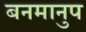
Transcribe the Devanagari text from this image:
बनमानुप